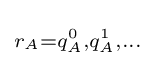
\scriptstyle r_{A}=q_{A}^{0},q_{A}^{1},\dots